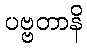
ပဗ္ဗတာနိ